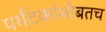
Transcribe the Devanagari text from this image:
पर्यटकांसोबतच